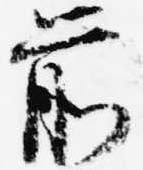
前